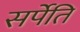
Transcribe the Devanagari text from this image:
सर्पेति